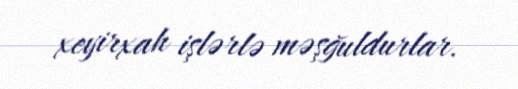
xeyirxah işlərlə məşğuldurlar.